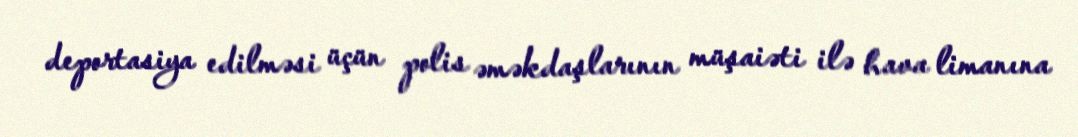
deportasiya edilməsi üçün polis əməkdaşlarının müşaiəti ilə hava limanına